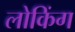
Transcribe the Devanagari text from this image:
लोकिंग